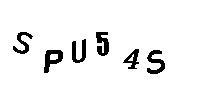
SPU54S